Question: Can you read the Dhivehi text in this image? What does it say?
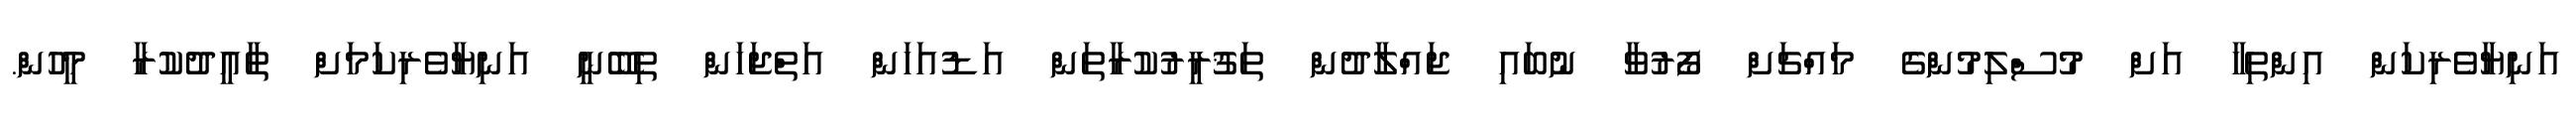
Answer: އަނިޔާވެރިކަން އިންތިހާ އަށް މުސްލިމުންގެ މައްޗަށް ފޯރުވާ ނުބައި ޖައްލާދުން ތަޤުރީރުކުރާތަން އަޑުއަހަން އަތްޖަހަން ތިބޭނީ އަނިޔާވެރިކަމަށް ތާއީދުކުރާ މީހުން.